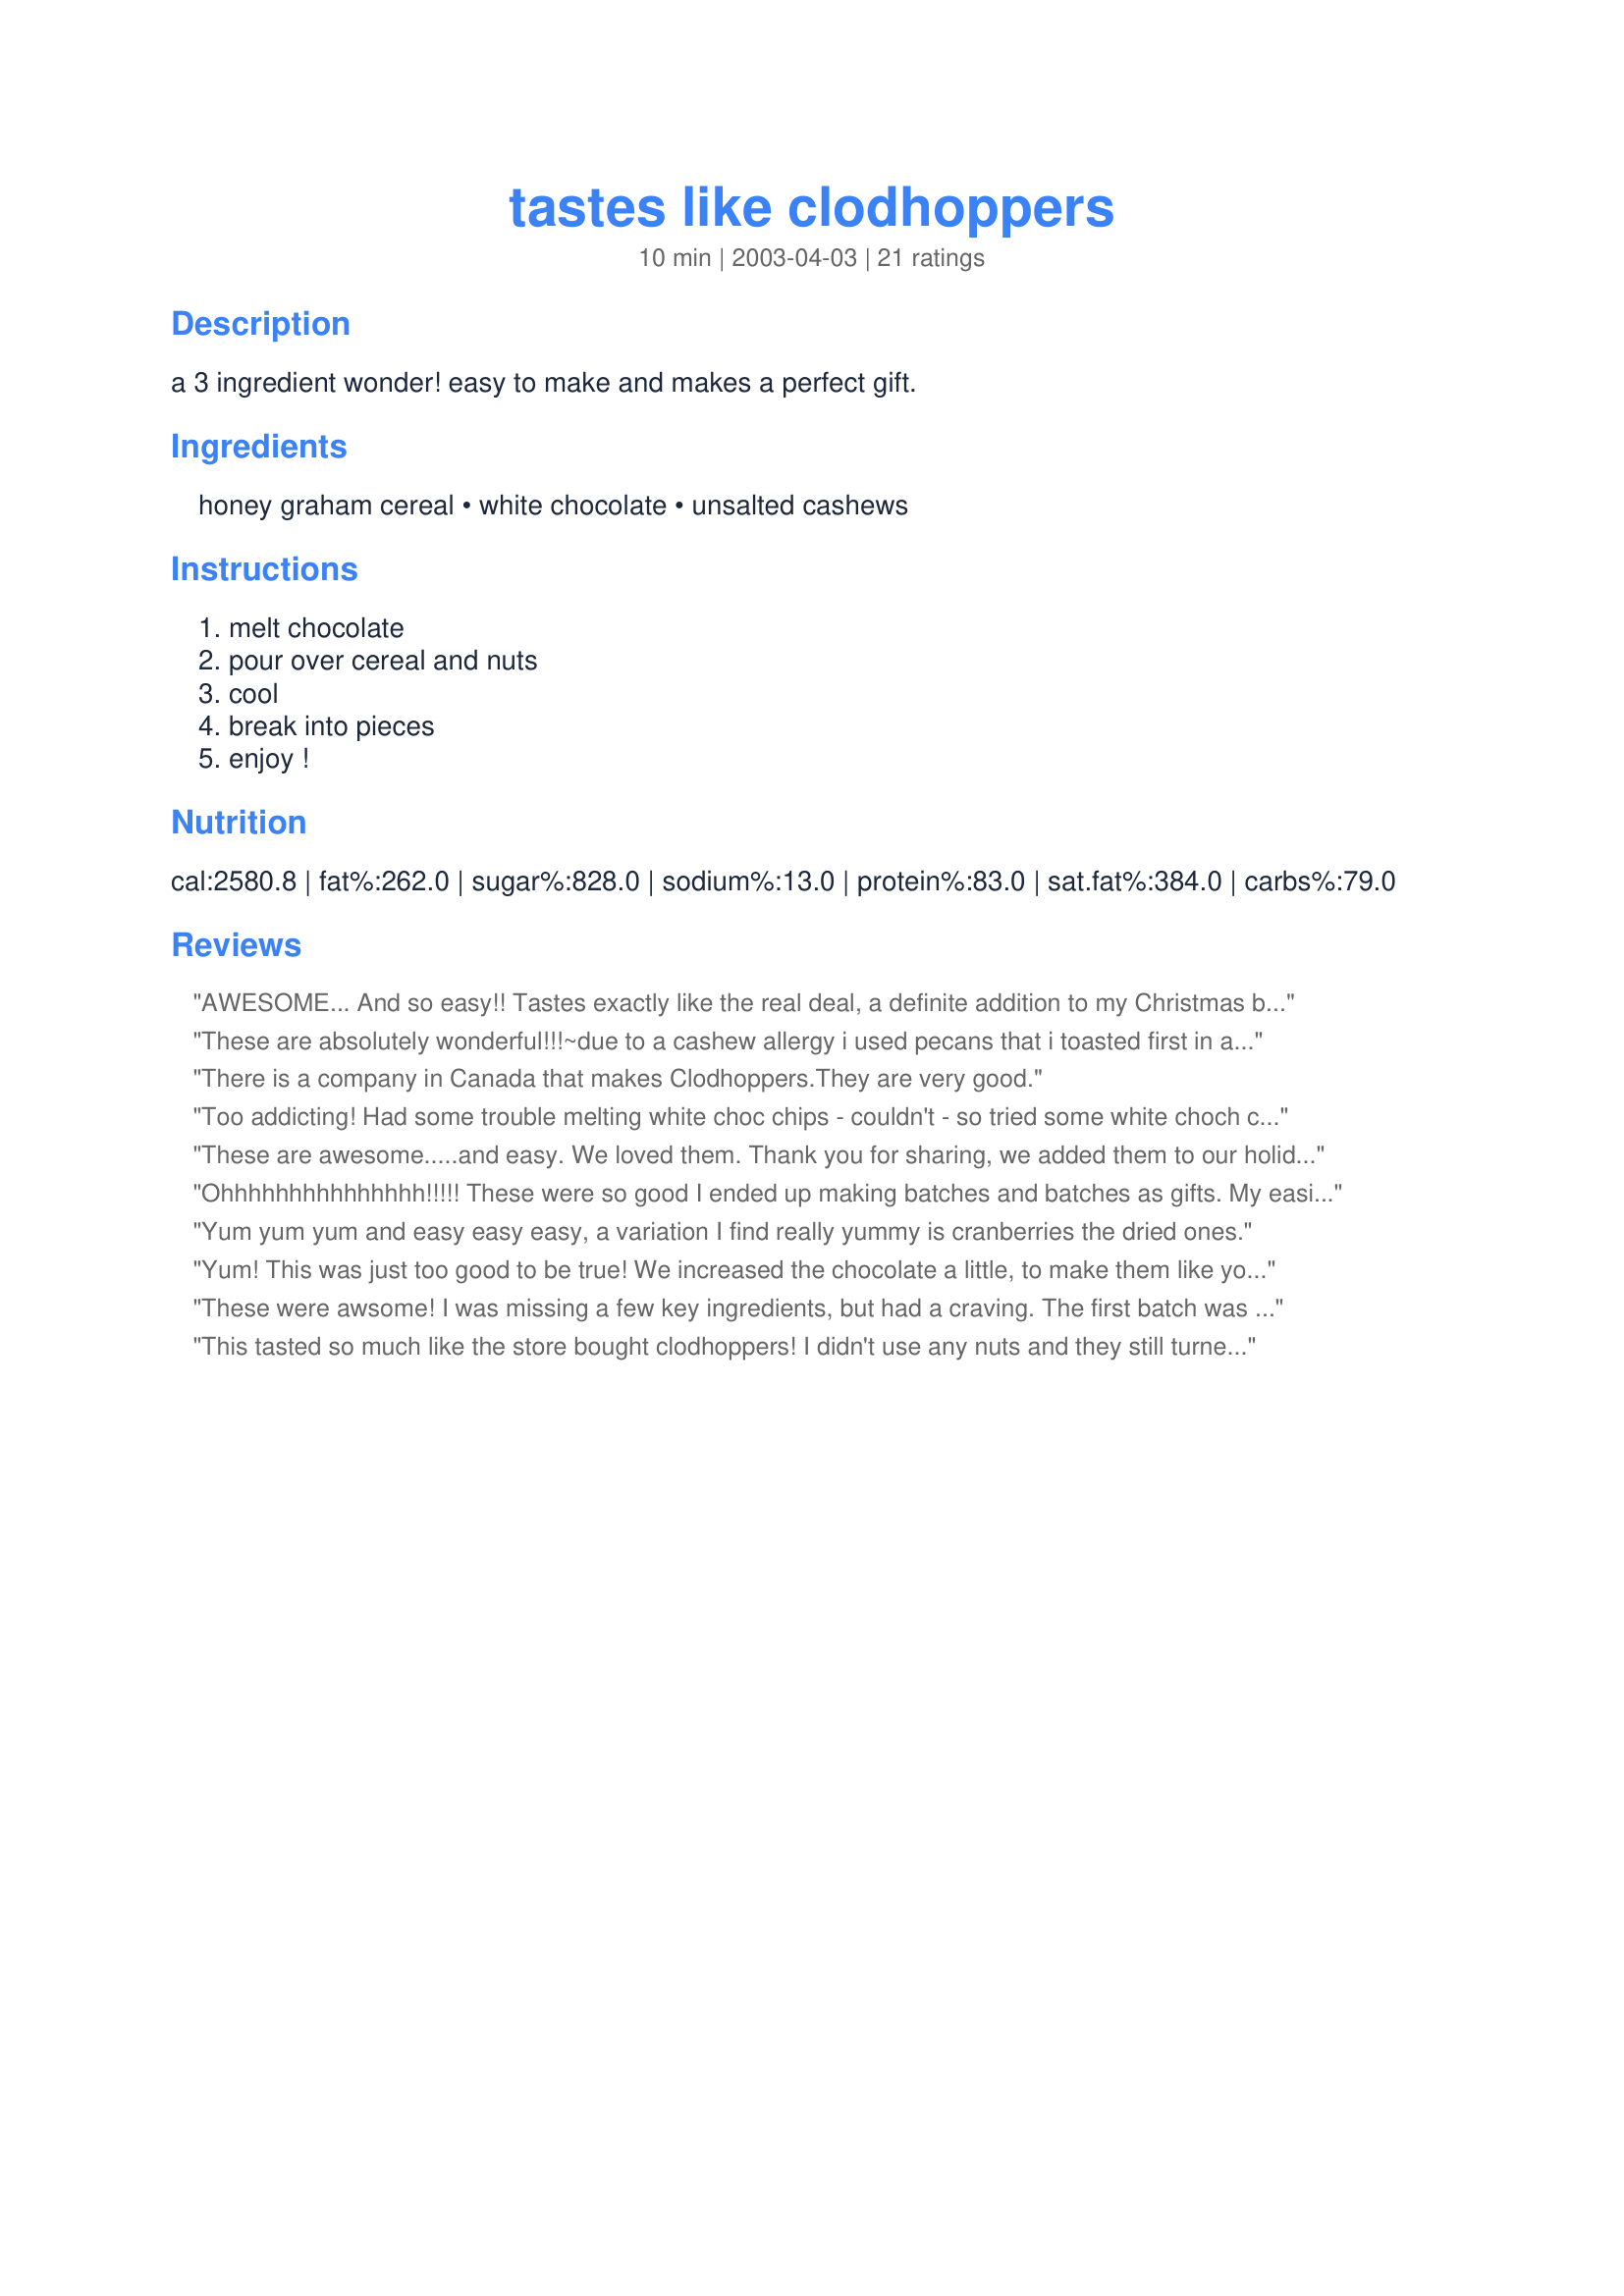
tastes like clodhoppers
Preparation time: 10 minutes

a 3 ingredient wonder! easy to make and makes a perfect gift.

Ingredients:
honey graham cereal, white chocolate, unsalted cashews

Steps:
melt chocolate, pour over cereal and nuts, cool, break into pieces, enjoy !

Reviews:
AWESOME... And so easy!! Tastes exactly like the real deal, a definite addition to my Christmas baking this year.
These are absolutely wonderful!!!~due to a cashew allergy i used pecans that i toasted first in a *350 oven for about six mins,i melted the white chocolate in a shallow dish in the micro and added it to the medium size bowl w/the cereal& pecans~~ i did crush the cereal slightly&mixed well& dropped tablespoonfuls onto wax paper~fantastic~!!!thnks for sharing!
There is a company in Canada that makes Clodhoppers.They are very good.
Too addicting! Had some trouble melting white choc chips - couldn't - so tried some white choch chunks and worked not bad.
These are awesome.....and easy. We loved them. Thank you for sharing, we added them to our holiday trays this year.
Ohhhhhhhhhhhhhhh!!!!!
These were so good I ended up making batches and batches as gifts.
My easiest Christmas recipe and simply delish! Thanks again Pamela for another winner.
Yum yum yum and easy easy easy, a variation I find really yummy is cranberries the dried ones.
Yum! This was just too good to be true! We increased the chocolate a little, to make them like your picture and they were just delicious! Everyone enjoyed them and they were really fun to make too! Thank you very much for the fun recipe!
These were awsome! I was missing a few key ingredients, but had a craving. The first batch was without nuts, and I had to use milk chocolate. Can they really get better? Can't wait to make more using white chocolate and nuts.
This tasted so much like the store bought clodhoppers! I didn't use any nuts and they still turned out great! 
I also used a leftover easter bunny and worked out great!
Thanks for the recipe!
YUMMY! I have been looking at this recipe for so many days now! Finally, made it this afternoon for a little girl and a little boy! HAHA! I did add a little too much water when melting the white chocolate, so, I added 1 pkt. of Vochelle Semi-sweet chocolate chips to the melted white chocolate and then mixed it in vigorously until the choc chips also had melted. YUM! That mix was "TO DIE FOR". I licked the edge of the bowl too;) - CONFESSION! HAHA! The kids and me, all of us, have to thank you for such an awesome treat! BIG HUGS TO U for posting this! A real keeper!
My god Pamela these were really good. I din't change a thing.
My family has nut allergies so I don't add nuts. However, I sprinkle some cinnamon on the mixture and it is devine!
WOW! these are just like the real thing! I should know, I live in Winnipeg, Canada, where Clodhoppers were invented. Also, this works well with milk chocolate, one of the ways the real stuff is made.
If you want a good little sweet and salty candy that is a breeze to make this is the recipe you need. Instead of breaking into pieces I used mini baking cupcake liners and dropped spoonfuls into them.
This is very simple but was the hit of my Christmas spread. Everyone raved about it and asked me how to make it. I had trouble spreading the chocolate thin enough over the mixture to keep it from clumping into clumps too big to eat. Be sure to mix it well to avoid this problem.
Made this last night but didn't have the cashews...It was fine just the same,though....I plan to make them again soon with milk chocolate...The kids loved it...Thanks for a great recipe GA!!
I am so glad I came across this recipe :) Its soooooo GOOD and very easy to make. Wasn't hard at all and the results are DELICIOUS! Nice for making for gifts, parties or for just a sweet snack for the family. This will be a keeper in my cookbook for the future holidays!! Thanks for sharing the recipe :)
I have to say I was ready to give this 4 stars after making it. I had to add a little better than 1/2c more white chocolate than called for to get it to coat evenly and look like the picture. Before that it was semi-coated and globby. I had to really scramble to find more chocolate and then get it melted before the other started to set up....then I tried it. YUMMMMM I do not even like white chocolate that well, bet oh my! I used salted cashews because I like a salty sweet contrased and it was just right. I will use less nuts next time as not everyone here loves them. I am thinking pretzel sticks must be tried next time and if I get brave I'll throw in some dried cranberrie. However I think just the chocolate and cereal is great! I wonder how this would taste with milk chocolate?
Wonderful! I opted to use salted cashews, as I love the salty and sweet combination. I mixed everything in a bowl and then spread it out onto a cookie sheet to harden. Very quick, easy and yummy!
The contrast between cereal and nuts was very good! However, 2 cups of white choc was not enough to cover the 4 cups of cereal.
